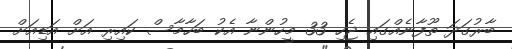
ބާރުގަދަ ތޫފާނެއްގައި ޖެހި 33 މީހުންނާ އެކު ބަހާމާސް ކައިރި އަށް އަޑިއަށް